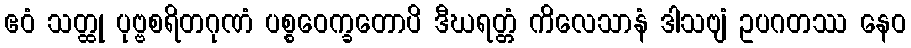
ဧဝံ သတ္ထု ပုဗ္ဗစရိတဂုဏံ ပစ္စဝေက္ခတောပိ ဒီဃရတ္တံ ကိလေသာနံ ဒါသဗျံ ဥပဂတဿ နေဝ